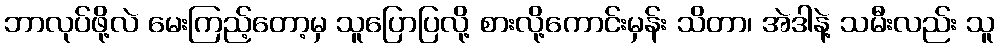
ဘာလုပ်ဖို့လဲ မေးကြည့်တော့မှ သူပြောပြလို့ စားလို့ကောင်းမှန်း သိတာ၊ အဲဒါနဲ့ သမီးလည်း သူ